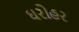
ઘરોહર